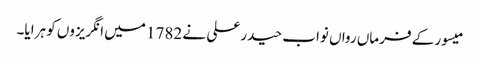
میسور کے فرماں رواں نواب حیدر علی نے 1782 میں انگریزوں کو ہرایا۔